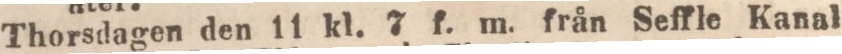
Thorsdagen den 11 kl. 7 f. m. från Seffle Kanal